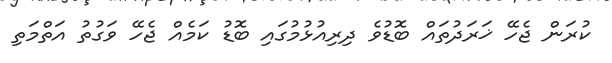
ކުރަން ޖެހޭ ޚަރަދުތައް ބޮޑުވެ ދިރިއުޅުމުގައި ބޮޑު ކަމެއް ޖެހޭ ވަގުތު އަތްމަތި